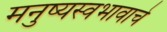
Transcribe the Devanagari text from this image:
मनुष्यस्वभावाचे